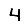
Digit: 4